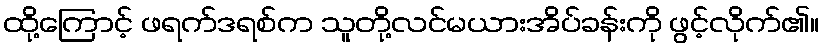
ထို့ကြောင့် ဖရက်ဒရစ်က သူတို့လင်မယားအိပ်ခန်းကို ဖွင့်လိုက်၏။